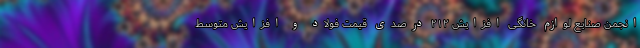
انجمن صنایع لوازم خانگی افزایش ۲۱۲ درصدی قیمت فولاد و افزایش متوسط